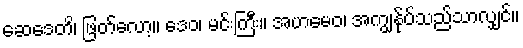
ဆေဒေတိ၊ ဖြတ်လော့။ ဒေဝ၊ မင်းကြီး။ အဟမေဝ၊ အကျွန်ုပ်သည်သာလျှင်။